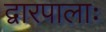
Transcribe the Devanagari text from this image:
द्वारपालाः